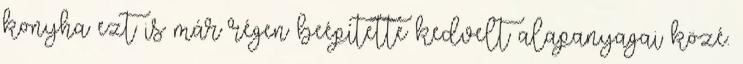
konyha ezt is már régen beépítette kedvelt alapanyagai közé.